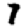
Digit: 7